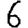
Digit: 6